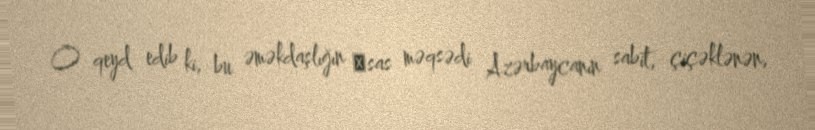
O qeyd edib ki, bu əməkdaşlığın әsas məqsədi Azərbaycanın sabit, çiçəklənən,